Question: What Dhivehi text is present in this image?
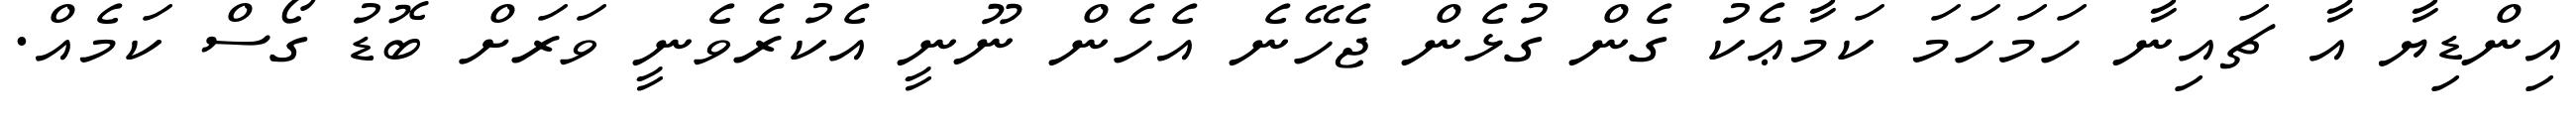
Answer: އިންޑިޔާ އާ ޗައިނާ ހަމަހަމަ ކަމާޢެކު ގެން ގުޅެން ޖެހޭނެ އެހެން ނޫނީ އެކުރެވެނީ ވަރަށް ބޮޑު ގޯސް ކަމެއް.